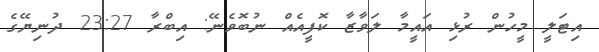
އިޓަލީ މީހުން ރުޅި އައީމާ ލަވާޒާ ކޮފީއެއް ނުބޮވެނޭ: އިބްރާ 23:27 ދުނިޔޭގެ